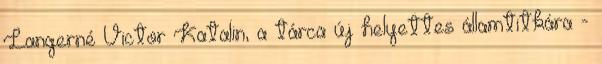
Langerné Victor Katalin, a tárca új helyettes államtitkára -